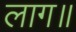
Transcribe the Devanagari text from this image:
लाग॥